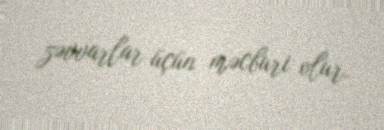
zəvvarlar üçün məcburi olur.